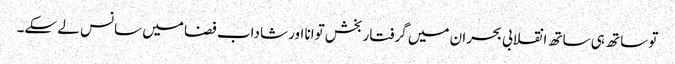
تو ساتھ ہی ساتھ انقلابی بحران میں گرفتار بخش توانا اور شاداب فضا میں سانس لے سکے۔